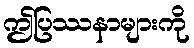
ဤပြဿနာများကို